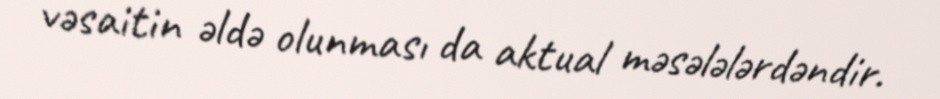
vəsaitin əldə olunması da aktual məsələlərdəndir.